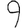
Digit: 9